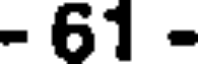
- 61 -